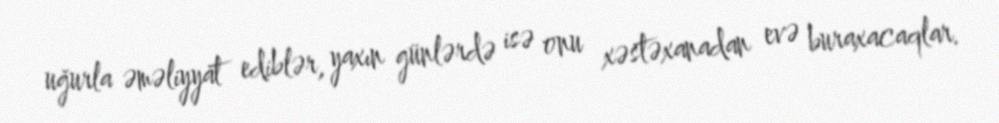
uğurla əməliyyat ediblər, yaxın günlərdə isə onu xəstəxanadan evə buraxacaqlar.